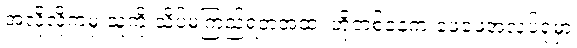
အလိုလိုကမှ သူ့ကို သိပ်မကြည်ရတဲ့အထဲ၊ ဟိုတစ်နေ့က ဖေဖေ့အလုပ်ရုံမှာ